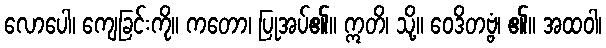
လောပေါ၊ ကျေခြင်းကို။ ကတော၊ ပြုအပ်၏။ ဣတိ၊ သို့။ ဝေဒိတဗ္ဗံ၊ ၏။ အထဝါ၊